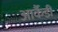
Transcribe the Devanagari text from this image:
आर्कैडी